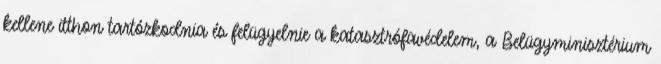
kellene itthon tartózkodnia és felügyelnie a katasztrófavédelem, a Belügyminisztérium